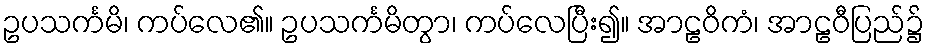
ဥပသင်္ကမိ၊ ကပ်လေ၏။ ဥပသင်္ကမိတွာ၊ ကပ်လေပြီး၍။ အာဠဝိကံ၊ အာဠဝီပြည်၌